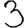
Digit: 3